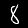
Digit: 8